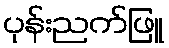
ပုန်းညက်ဖြူ